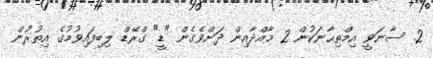
2. ސާނަވީ އިމްތިޙާނަކުން 2 މާއްދާއިން ދަށްވެގެން "ޑީ" ގްރޭޑް ލިބިފައިވުމުގެ އިތުރުން